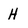
Character: H